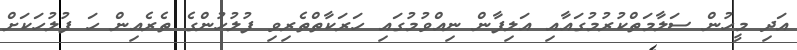
އަދި މީހުން ސަލާމަތްކުރުމުގައާއި އަލިފާން ނިއްވުމުގައި ހަރަކާތްތެރިވި ފުލުހުންގެ ތެރެއިން ހަ ފުލުހަކަށް